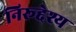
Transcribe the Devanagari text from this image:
निरूद्देश्य